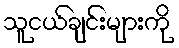
သူငယ်ချင်းများကို